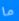
ما